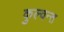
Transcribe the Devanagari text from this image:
कुल्वन्त